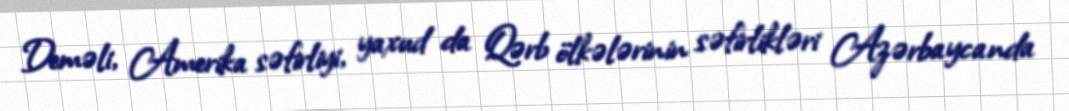
Deməli, Amerika səfirliyi, yaxud da Qərb ölkələrinin səfirlikləri Azərbaycanda